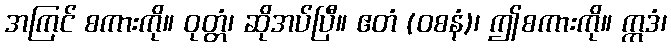
အကြင် စကားကို။ ဝုတ္တံ၊ ဆိုအပ်ပြီ။ ဧတံ (ဝစနံ)၊ ဤစကားကို။ ဣဒံ၊